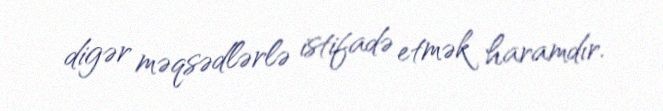
digər məqsədlərlə istifadə etmək haramdır.